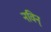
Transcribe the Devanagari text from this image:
नविन्